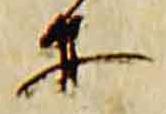
等